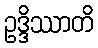
ဥဒ္ဒိဿာတိ